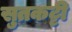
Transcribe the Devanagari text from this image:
सुतकट्टी